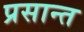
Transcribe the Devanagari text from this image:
प्रसान्त